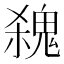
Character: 𩳃